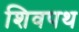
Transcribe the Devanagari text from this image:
शिवपथ